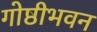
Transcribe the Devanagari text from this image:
गोष्ठीभवन